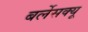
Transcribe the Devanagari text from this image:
बर्लेसक्यू